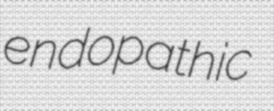
endopathic